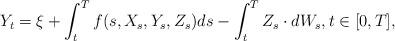
LaTeX: \begin{align*} Y_t = \xi + \int_t^T f(s,X_s,Y_s,Z_s) ds - \int_t^T Z_s \cdot dW_s,t \in [0,T], \end{align*}